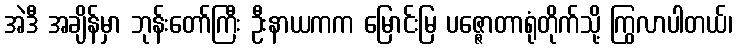
အဲဒီ အချိန်မှာ ဘုန်းတော်ကြီး ဦးနာယကက မြောင်းမြ ပဇ္ဇောတာရုံတိုက်သို့ ကြွလာပါတယ်၊